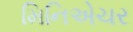
મિનિએચર